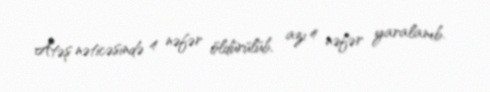
Atəş nəticəsində 4 nəfər öldürülüb, azı 4 nəfər yaralanıb.